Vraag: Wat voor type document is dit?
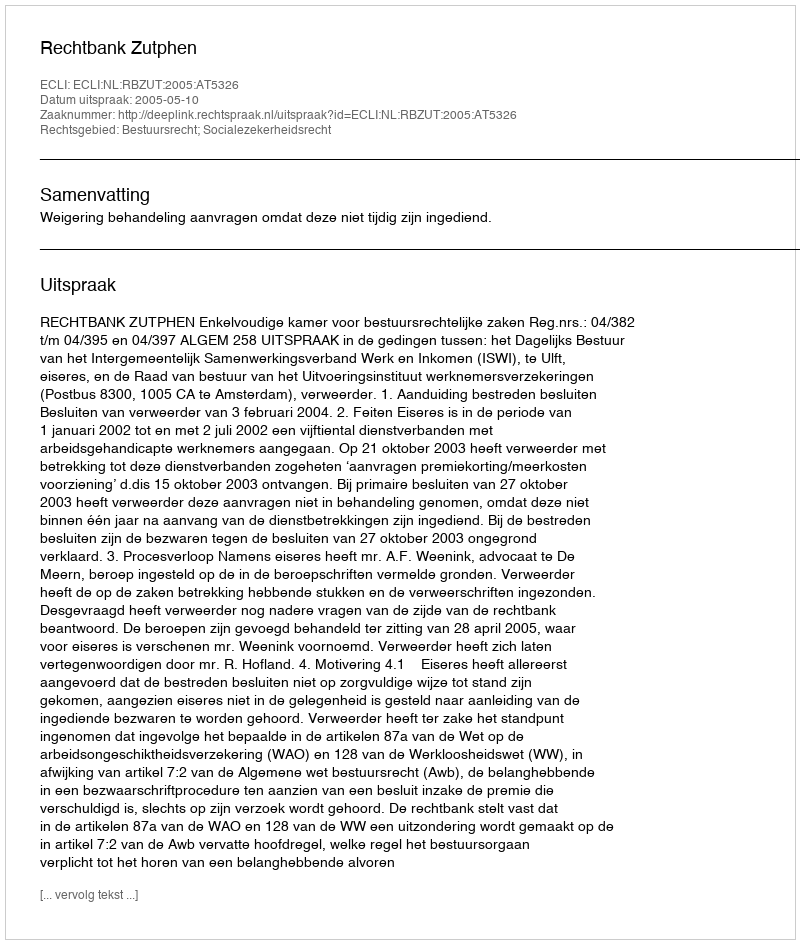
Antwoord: Uitspraak